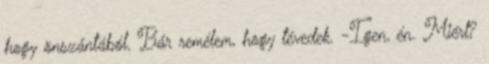
hogy önszántából. Bár remélem, hogy tévedek. -Igen, én. Miért?